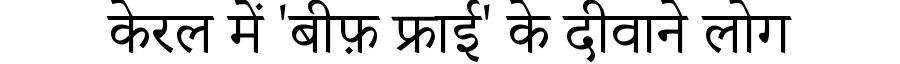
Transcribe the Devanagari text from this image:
केरल में 'बीफ़ फ्राई' के दीवाने लोग